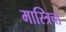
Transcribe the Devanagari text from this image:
मास्त्रिच्त